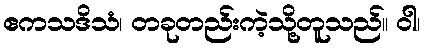
ဧကသဒိသံ၊ တခုတည်းကဲ့သို့တူသည်။ ဝါ၊